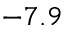
- 7 . 9